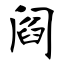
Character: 阎